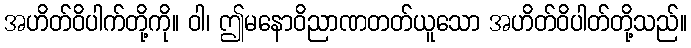
အဟိတ်ဝိပါက်တို့ကို။ ဝါ၊ ဤမနောဝိညာဏတတ်ယူသော အဟိတ်ဝိပါတ်တို့သည်။